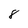
Character: 8